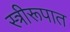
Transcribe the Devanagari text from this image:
स्त्रीरूपात